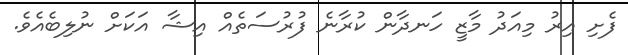
ފެށި އިރު މިއަދު މާޒީ ހަނދާން ކުރާނެ ފުރުސަތެއް އިޝާ އަކަށް ނުލިބެއެވެ.